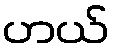
ဟယ်